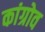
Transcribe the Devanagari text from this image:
कांग्रोव